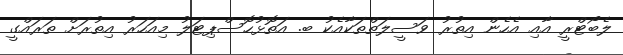
ލެބޯޓްރީ އާއި އެހެން އިތުރު ވަސީލަތްތަކާއެކު ބ. އަތޮޅުހޮސްޕިޓަލު މިއަހަރު އިތުރަށް ތަރައްގީ